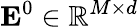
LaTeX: \mathbf{E}^{0}\in\mathbb{R}^{M\times d}